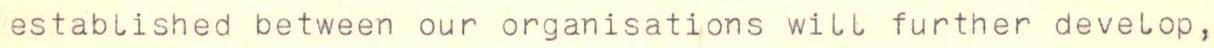
 established between our organisations wilt further develop,